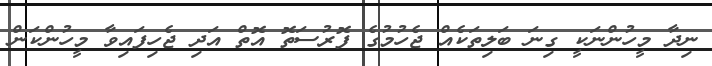
ނިދާ މީހުންނަކީ ގިނަ ބަލިތަކެއް ޖެހުމުގެ ފޮރުސަތޮ އޮތް އަދި ޖެހިފައިވާ މީހުންކަން